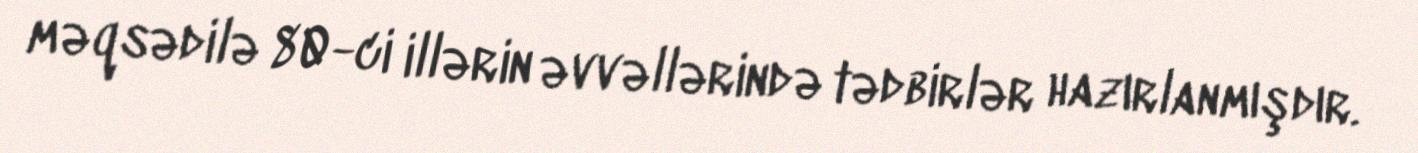
məqsədilə 80-ci illərin əvvəllərində tədbirlər hazırlanmışdır.